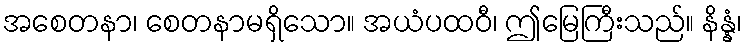
အစေတနာ၊ စေတနာမရှိသော။ အယံပထဝီ၊ ဤမြေကြီးသည်။ နိန္နံ၊